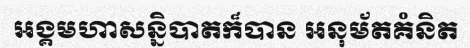
អង្គមហាសន្និបាតក៏បាន អនុម័តគំនិត